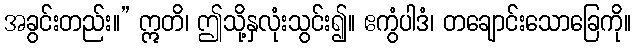
အခွင်းတည်း။” ဣတိ၊ ဤသို့နှလုံးသွင်း၍။ ဧကွံပါဒံ၊ တချောင်းသောခြေကို။